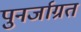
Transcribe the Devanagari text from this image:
पुनर्जाग्रत